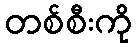
တစ်စီးကို